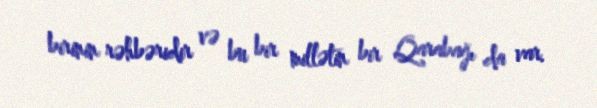
birinin rəhbəridir və bu bir millətin bir Qarabağı da var.